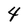
Character: 4